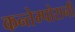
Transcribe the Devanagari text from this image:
कन्तेम्पोरानी